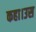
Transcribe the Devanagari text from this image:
कहा।उस